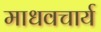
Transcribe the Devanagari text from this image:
माधवचार्य